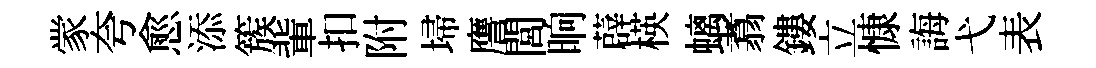
䝉夸愈添簇軰扣附埽譍閭晌薜楧螭翥鏤立慷誨弋表